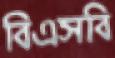
বিএসবি